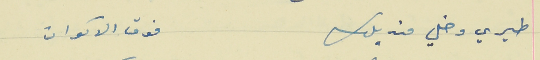
طيري وخلي منديلك                                             فوق الاكوان